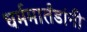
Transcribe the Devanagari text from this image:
धर्ममार्तंडांनी